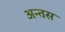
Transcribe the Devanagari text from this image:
अन्तस